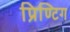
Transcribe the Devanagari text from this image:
प्रिण्टिग